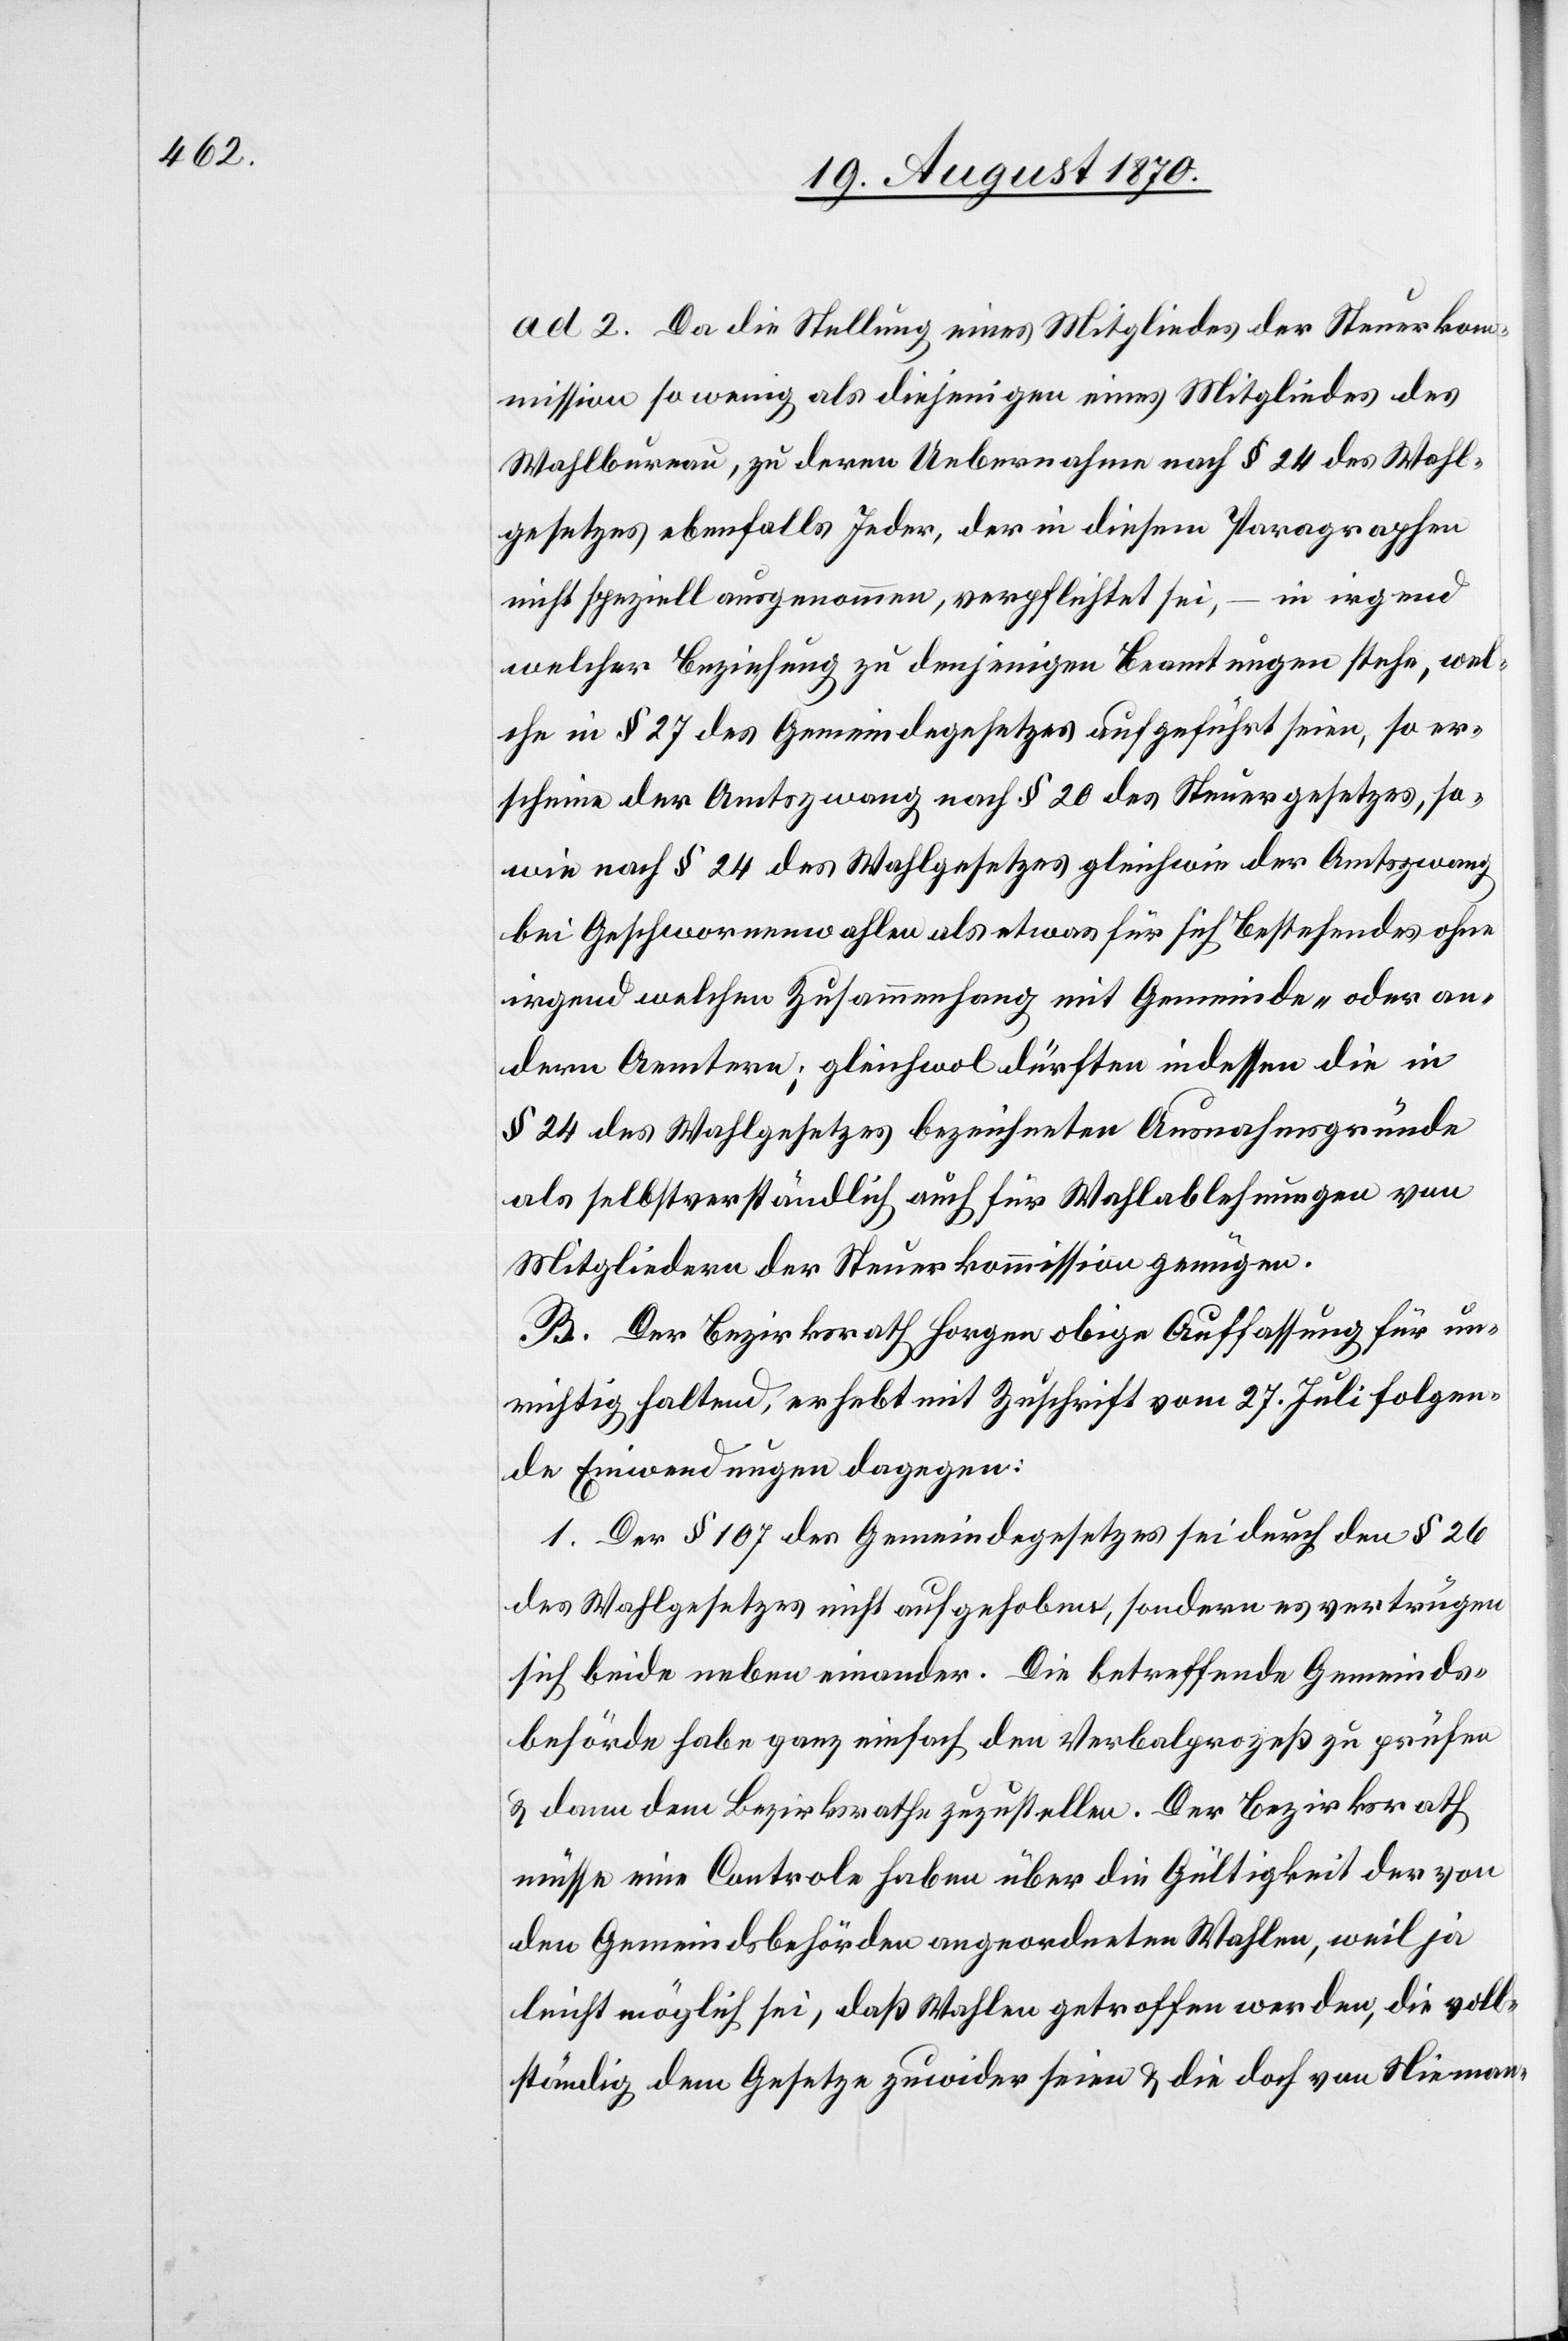
ad 2. Da die Stellung eines Mitgliedes der Steuerko¬
mmission so wenig als diejenigen [sic!] eines Mitgliedes des
Wahlbureau, zu deren Uebernahme nach § 24 des Wahl¬
gesetzes ebenfalls Jeder, der in diesem Paragraphen
nicht speziell ausgenommen, verpflichtet sei, – in irgend
welcher Beziehung zu denjenigen Beamtungen stehe, wel¬
che in § 27 des Gemeindegesetzes aufgeführt seien, so er¬
scheine der Amtszwang nach § 20 des Steuergesetzes, so¬
wie nach § 24 des Wahlgesetzes gleichwie der Amtszwang
bei Geschworenenwahlen als etwas für sich bestehendes ohne
irgend welchen Zusammenhang mit Gemeinde- oder an¬
dern Aemtern; gleichwol dürften indessen die in
§ 24 des Wahlgesetzes bezeichneten Ausnahmsgründe
als selbstverständlich auch für Wahlablehnungen von
Mitgliedern der Steuerkommission genügen.
B. Der Bezirksrath Horgen[,] obige Auffassung für un¬
richtig haltend, erhebt mit Zuschrift vom 27. Juli folgen¬
de Einwendungen dagegen:
1. Der § 107 des Gemeindegesetzes sei durch den § 26
des Wahlgesetzes nicht aufgehoben, sondern es vertrügen
sich beide neben einander. Die betreffende Gemeinds¬
behörde habe ganz einfach den Verbalprozeß zu prüfen
& dann dem Bezirksrathe zuzustellen. Der Bezirksrath
müsse eine Controle haben über die Gültigkeit der von
den Gemeindsbehörden angeordneten Wahlen, weil ja
leicht möglich sei, daß Wahlen getroffen werden, die voll¬
ständig dem Gesetze zuwider seien & die doch von Nieman-